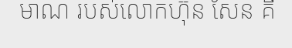
មាណ របស់លោកហ៊ុន សែន គឺ